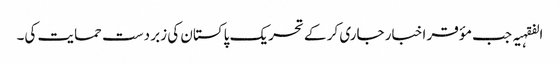
الفقہیہ جب مؤقر اخبار جاری کر کے تحریک پاکستان کی زبر دست حمایت کی۔